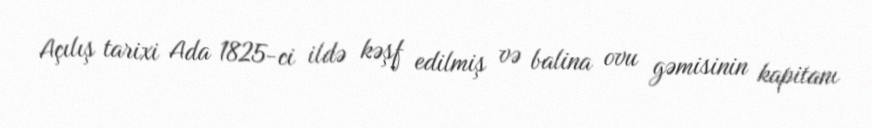
Açılış tarixi Ada 1825-ci ildə kəşf edilmiş və balina ovu gəmisinin kapitanı